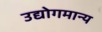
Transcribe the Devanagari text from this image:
उद्योगमान्य